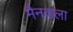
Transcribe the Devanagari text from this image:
मैनकला